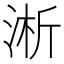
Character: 淅